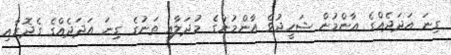
ގިނަ އަދަދެއްގެ އާންމުން ޝަހީދުވެ އާންމުންގެ މުދަލާއި ތަނުގެ ގިނަ އަދަދެއްގެ ގެދޮރާއި